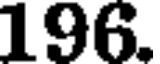
196.